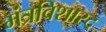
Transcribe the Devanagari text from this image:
मंत्रविशारद